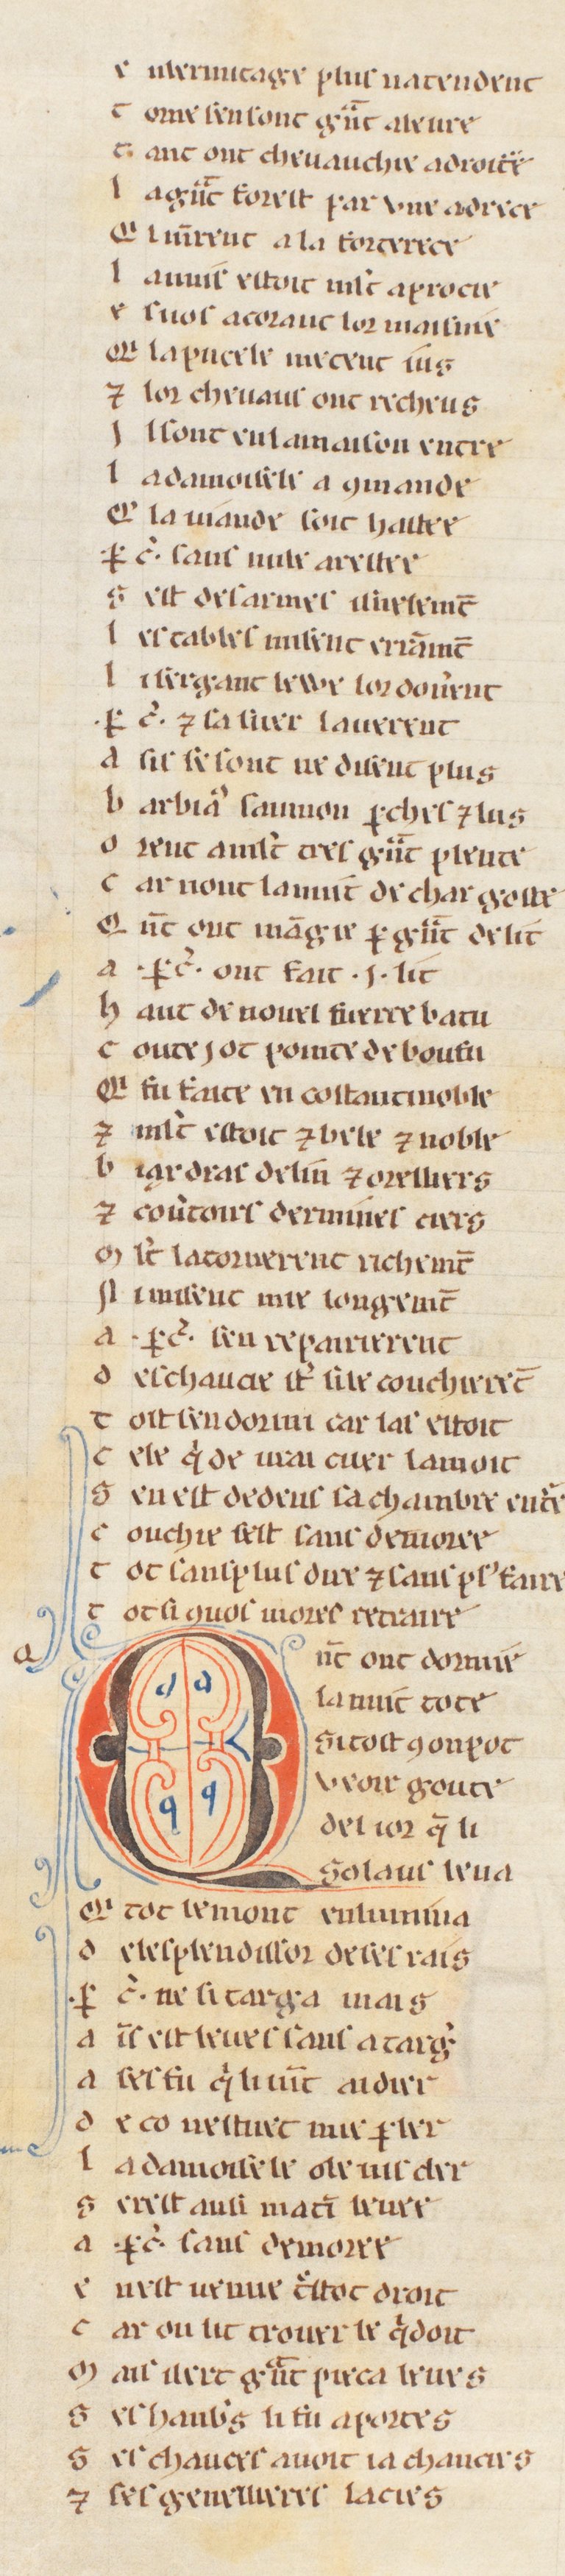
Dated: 1255–1285